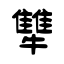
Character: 犨